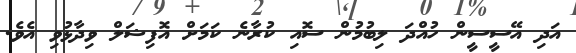
އަދި އޭސީސީން ހުއްދަ ލިބުމުން ސޮއި ކުރާނެ ކަމަށް އޮފިޝަލް ވިދާޅުވި އެވެ.